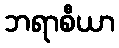
ဘရာစီယာ